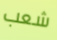
شعب